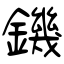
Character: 鐖